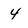
Character: 4